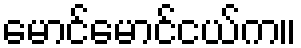
မောင်မောင်ငယ်က။